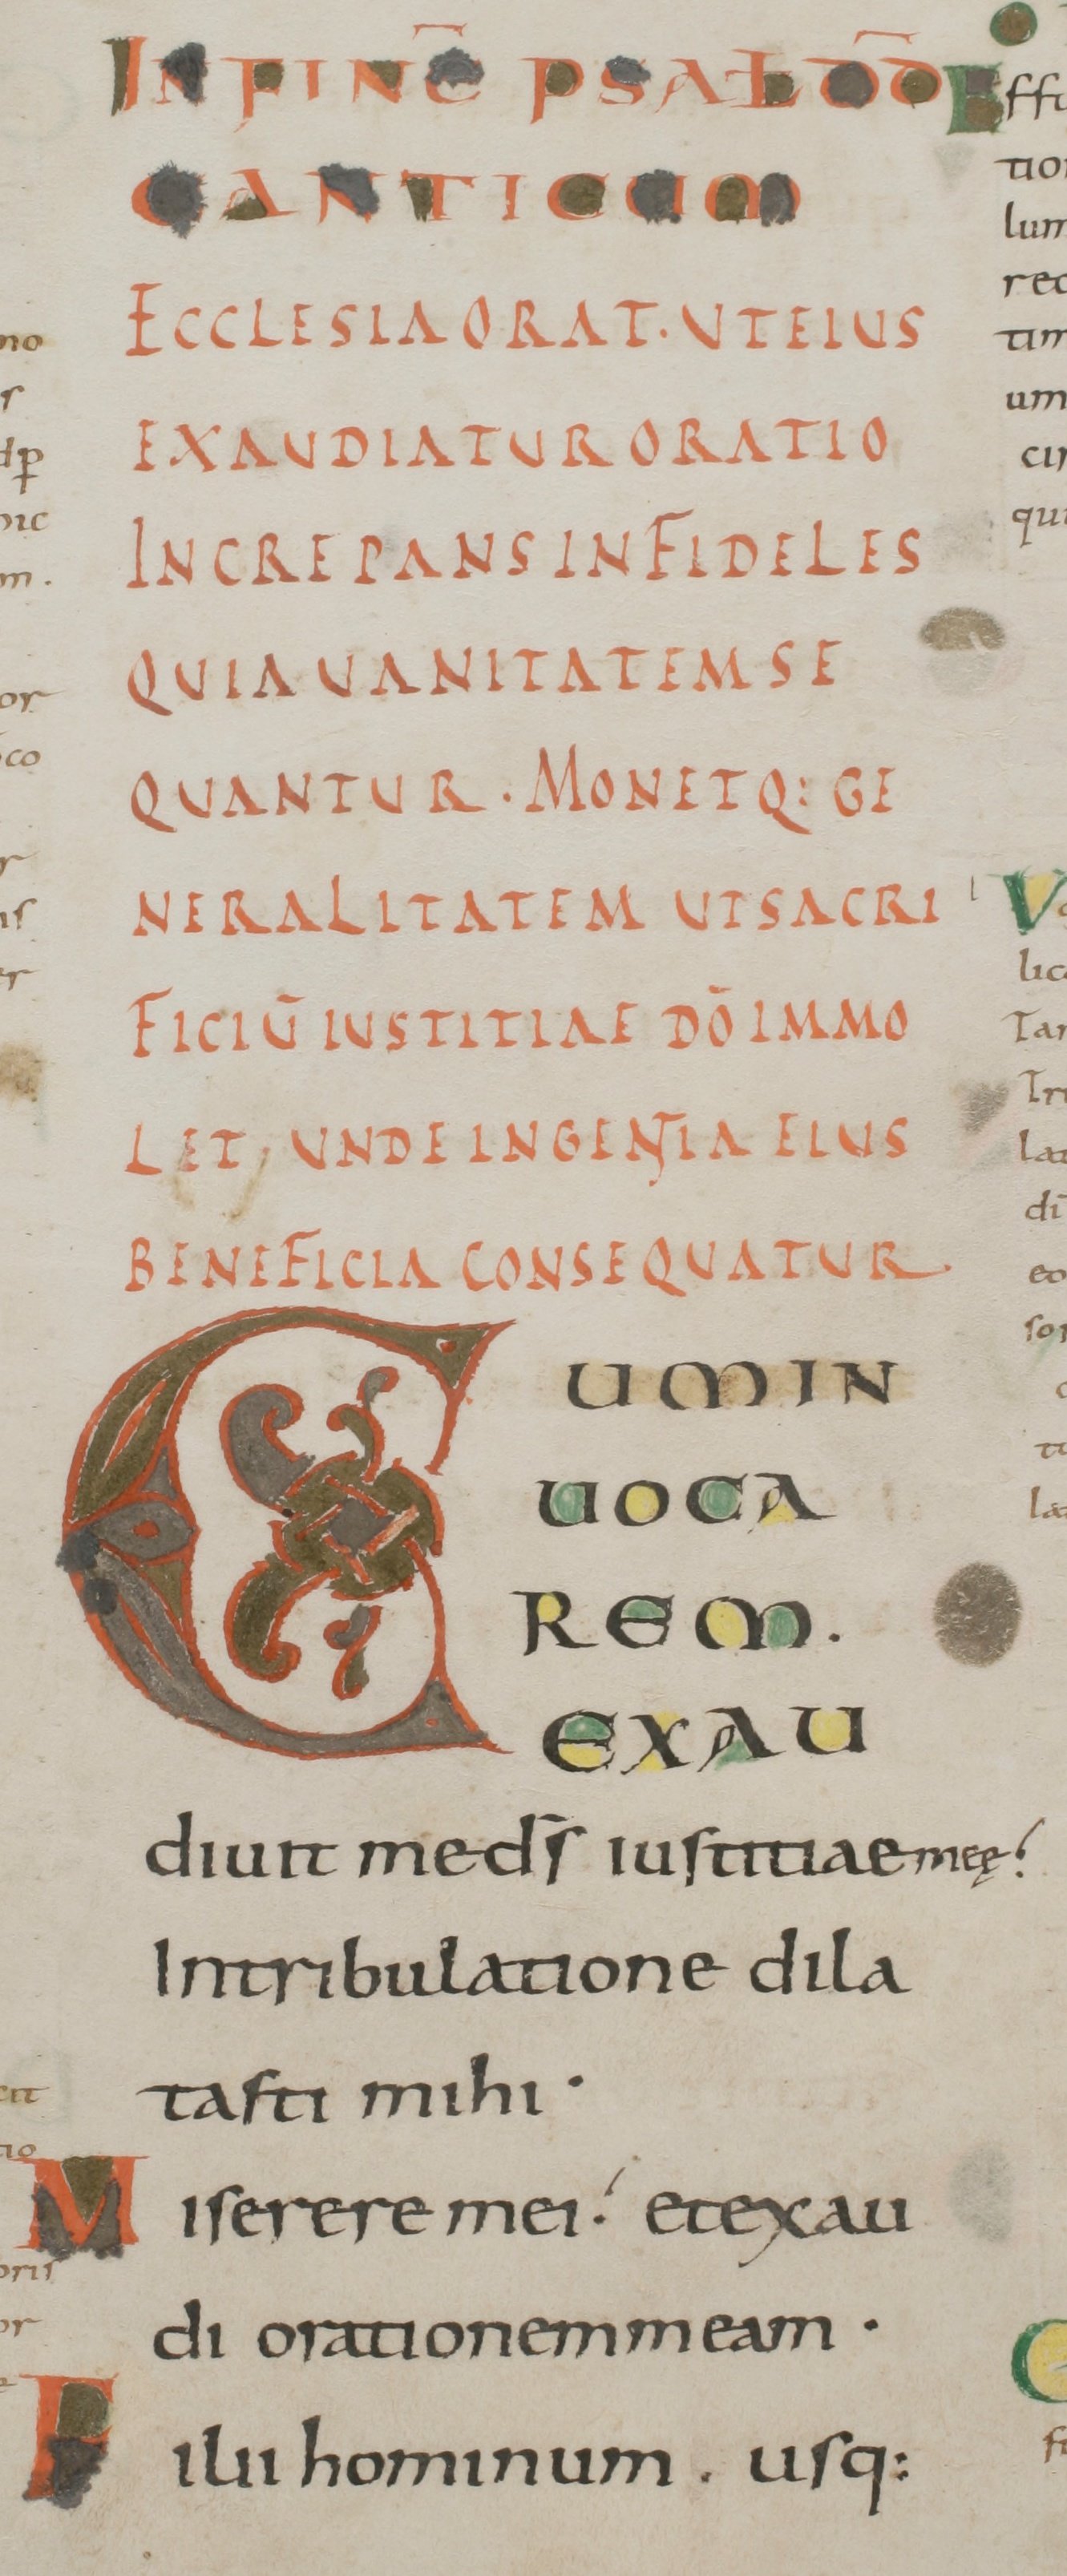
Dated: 800–899